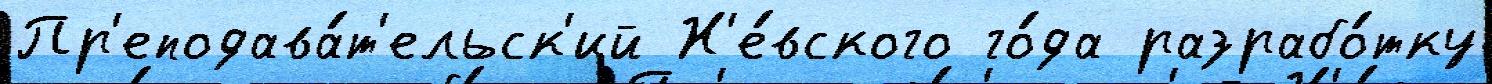
Пр'еподава́т'ельск'ий Н'е́вского го́да разрабо́тку